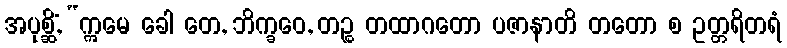
အပုစ္ဆိံ, “ဣမေ ခေါ တေ, ဘိက္ခဝေ, တဉ္စ တထာဂတော ပဇာနာတိ တတော စ ဥတ္တရိတရံ